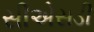
સીએસડી